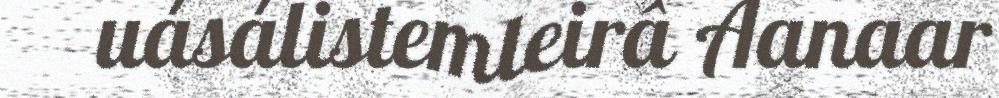
uásálistemleirâ Aanaar